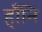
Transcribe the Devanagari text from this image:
हाँनि